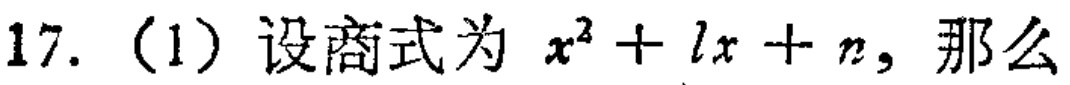
17.（1）设商式为 \(x^{2}+lx + n\)，那么